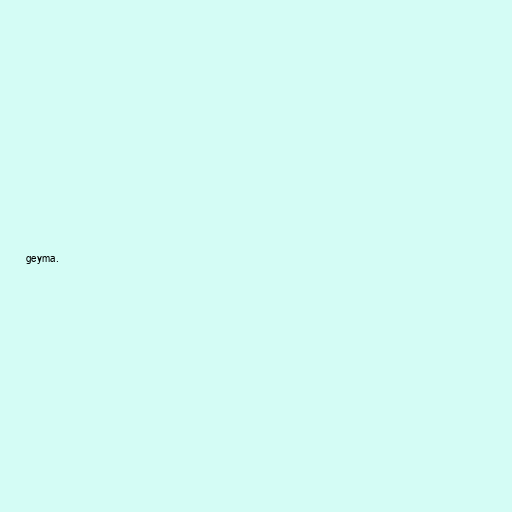
geyma.